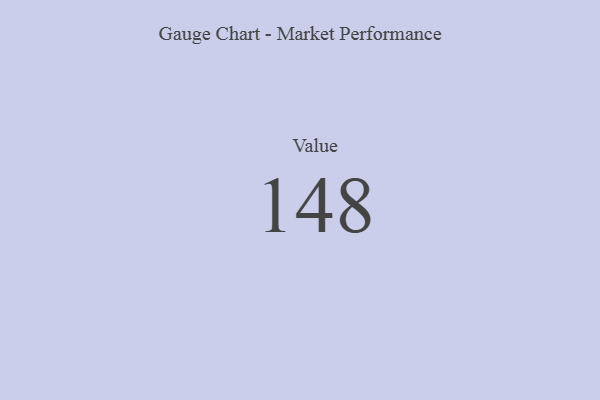
{"axis": {"x": "Metric", "y": "Value"}, "legend": [""], "data": [{"x": "Value", "y": 148, "type": ""}]}